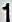
1